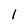
Character: 1